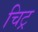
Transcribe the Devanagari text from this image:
चिट्र